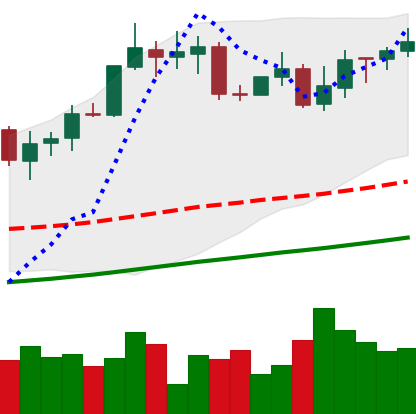
Ticker: XMR-USD
Chart end date: 2020-10-25
Forward return: -6.0%
Label: down_5_7